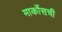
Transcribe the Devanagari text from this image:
मार्कोसची